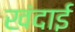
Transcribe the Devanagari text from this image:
खंदाई